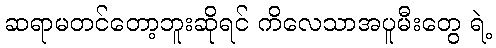
ဆရာမတင်တော့ဘူးဆိုရင် ကိလေသာအပူမီးတွေ ရဲ့